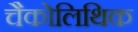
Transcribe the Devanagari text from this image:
चैकोलिथिक